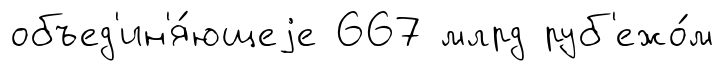
объед'ин'я́ющеjе 667 млрд руб'ежо́м